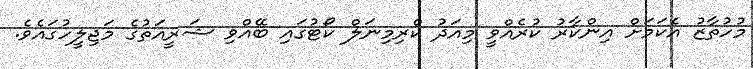
މުހުތާޒު އެކަމަށް އިންކާރު ކުރެއްވީ މިއަދު ކްރިމިނަލް ކޯޓުގައި ބޭއްވި ޝަރީއަތުގެ މަޖިލީހުގައެވެ.